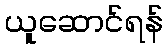
ယူဆောင်ရန်